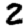
Digit: 2